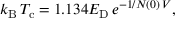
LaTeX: k _ { \mathrm { { B } } } \, T _ { \mathrm { { c } } } = 1 . 1 3 4 E _ { \mathrm { { D } } } \, { e ^ { - 1 / N ( 0 ) \, V } } ,